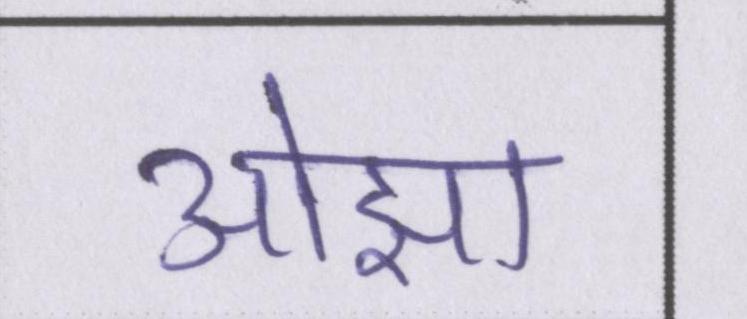
ओझा